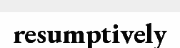
resumptively